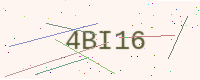
Text: 4BI16